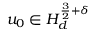
u _ { 0 } \in H _ { d } ^ { \frac { 3 } { 2 } + \delta }